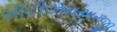
સીટીઝનઅરજી